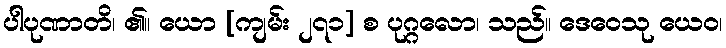
ပါပုဏာတိ၊ ၏။ ယော [ကျမ်း ၂၇၁] စ ပုဂ္ဂလော၊ သည်။ ဒေဝေသု ယေဝ၊